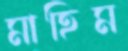
মাহিম